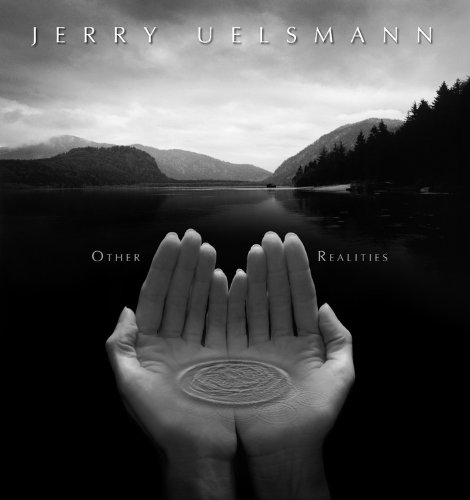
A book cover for Other Realities; Jerry Uelsmann; Arts & Photography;